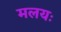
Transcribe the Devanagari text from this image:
मलयः